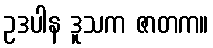
ဥဒပါန ဒူသက ဇာတက။